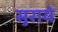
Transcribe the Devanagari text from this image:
सुराये